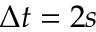
\Delta t = 2 s